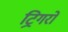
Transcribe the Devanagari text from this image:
ट्रिगरों